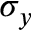
\sigma _ { y }